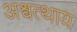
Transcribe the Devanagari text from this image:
अश्वत्थाय